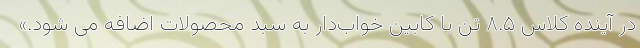
در آینده کلاس ۸.۵ تن با کابین خواب‌دار به سبد محصولات اضافه می شود.»